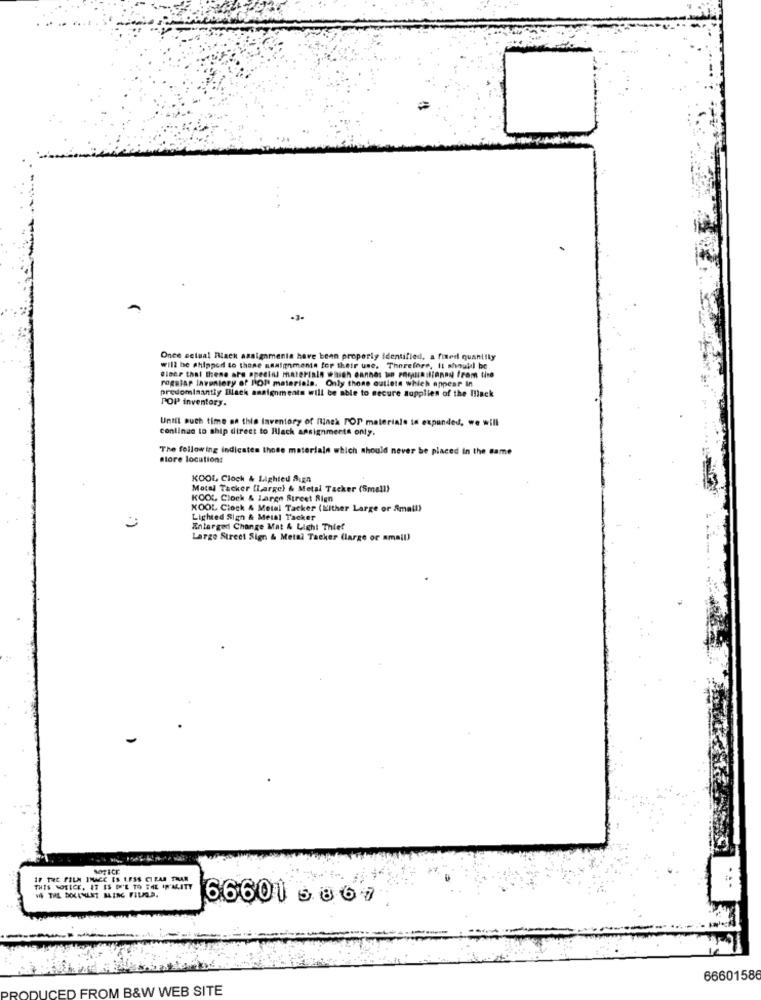
.
-3-
Once setual Black assignments have been properly identified, a fixed quantity
will be shipped to those sesignments for their use, Therefore, It should be
@lace that these are special materials which dannes un Foruindianad from time
rogalar laventory of POP materials. Only those outlets which appear In
predominantly Black assignments will be able to secure supplies of the Illack
POP inventory.
Until auch time na this inventory of flinch POP materiale in expanded, we will
continue to ship direct to Black assignments only.
The following indicates those materials which should never be placed in the same
store location:
KOOL Cioch & Lighted Sign
Motal Tacker (Large) & Metal Tacker (Small)
KOOL Clock & Large Street Sign
KOOL Clock & Metal Tacker (Either Large or Small)
Lighted Sign & Metal Tacker
Enlarged Change Mat & Light Thief
Large Street Sign & Metal Tacker (large or amail)
NOTICE
IF THE FILM INACE ES LESS CITAR THAN
THIS NOTICE, IT IS D'E TO TAL IN'ALITY
VW THE EXXXENLET BLING FILMA.
66601 3867
66601586
OM B&W WEB SITE